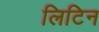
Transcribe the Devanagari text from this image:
लिटिन